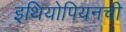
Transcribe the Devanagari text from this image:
इथियोपियनची